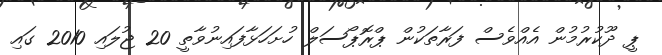
ޕީ ދޫކުރުމުން އެއްވެސް ފަރާތަކުން ޕްރޮޕޯސަލް ހުށަހަޅާފައިނުވާތީ 20 ޖުލައި 2010 ގައި